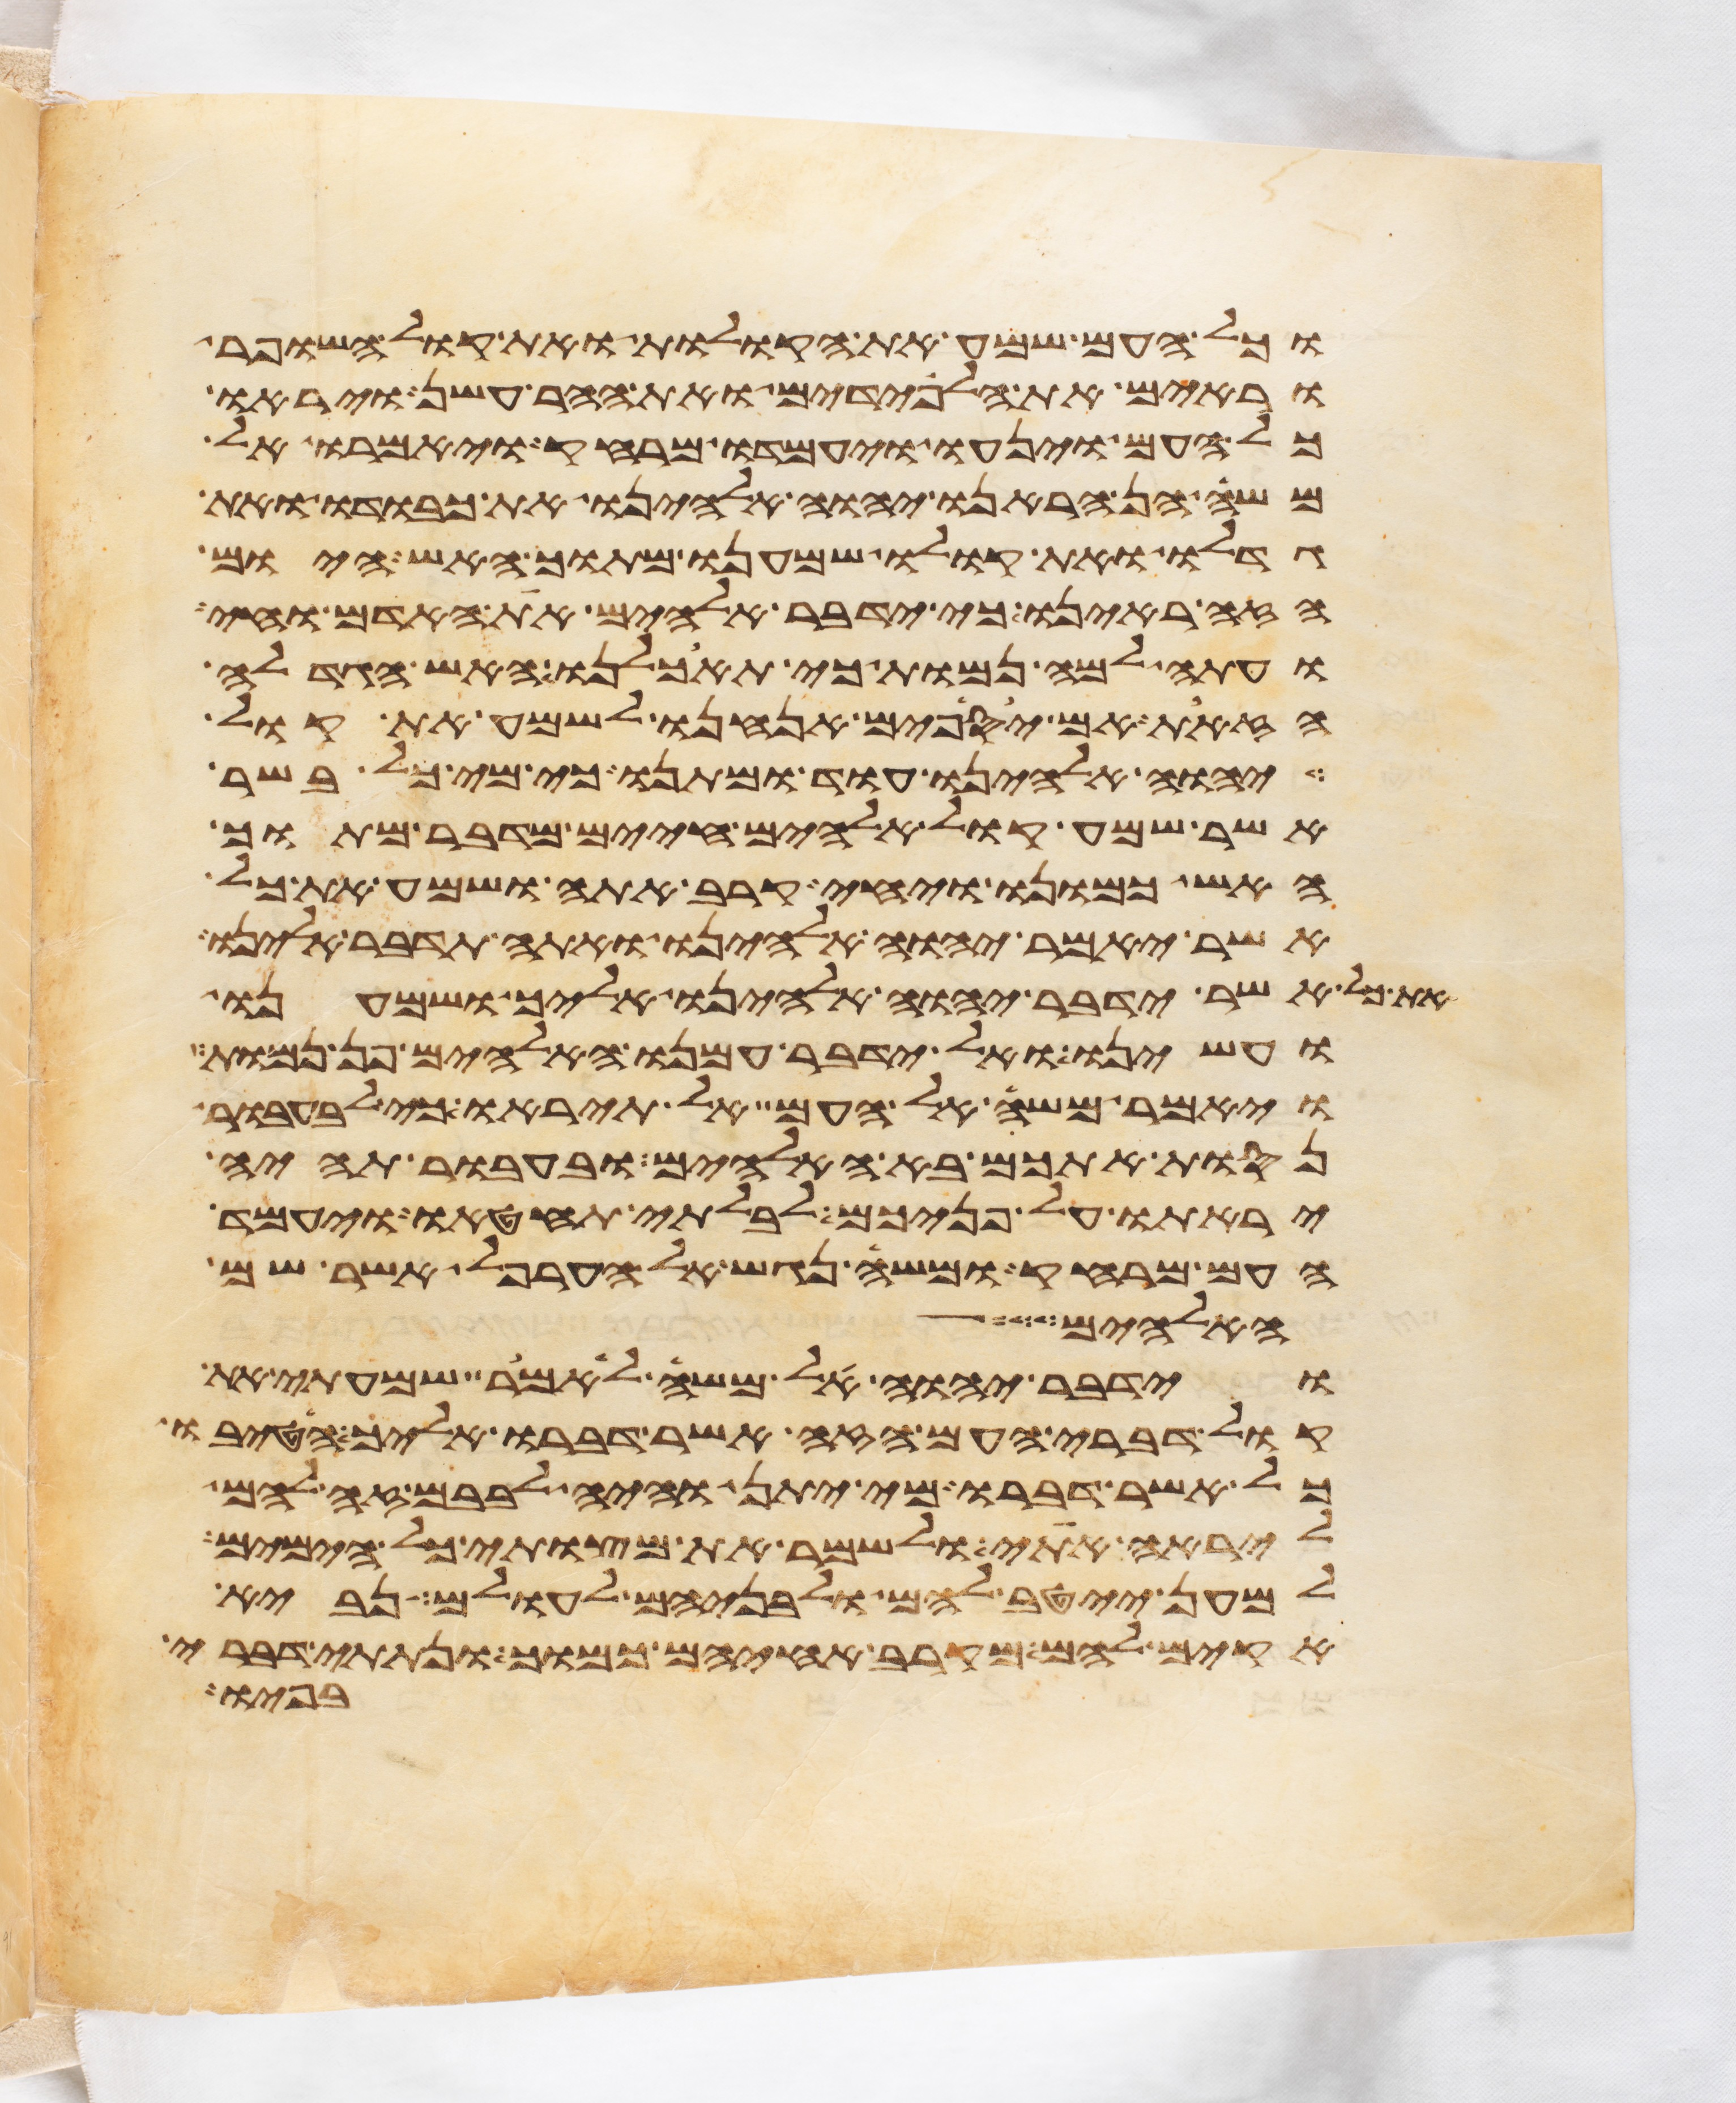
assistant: וכל העם שמע את הקולות ואת קול השופר
וראים את הלפידים ואת ההר עשן ויראו
כל העם וינעו ויעמדו מרחק ויאמרו אל
משה הן הראנו יהוה אלהינו את כבודו ואת
גדלו ואת קולו שמענו מתוך האש היום
הזה ראינו כי ידבר אלהים את האדם וחי
ועתה למה נמות כי תאכלנו האש הגדלה
הזאת אם יספים אנחנו לשמע את קול
יהוה אלהינו עוד ומתנו כי מי כל בשר
אשר שמע קול אלהים חיים מדבר מתוך
האש כמונו ויחי קרב אתה ושמע את כל
אשר יאמר יהוה אלהינו ואתה תדבר אלינו
את כל אשר ידבר יהוה אלהינו אליך ושמענו
ועשינו ואל ידבר עמנו האלהים פן נמות
ויאמר משה אל העם אל תיראו כי לבעבור
נסות אתכם בא האלהים ובעבור תהיה
יראתו על פניכם לבלתי תחטאו ויעמד
העם מרחק ומשה נגש אל הערפל אשר שם
האלהים
וידבר יהוה אל משה לאמר שמעתי את
קול דברי העם הזה אשר דברו אליך הטיבו
כל אשר דברו מי יתן והיה לבבם זה להם
ליראה אתי ולשמר את מצותי כל הימים
למען ייטב להם ולבניהם לעולם נביא
אקים להם מקרב אחיהם כמוך ונתתי דברי
בפיו